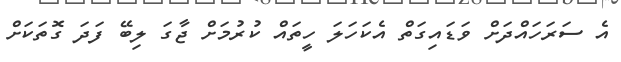
އެ ސަރަހައްދަށް ވަޑައިގަތް އެކަހަލަ ހީތައް ކުރުމަށް ޖާގަ ލިބޭ ފަދަ ގޮތަކަށް